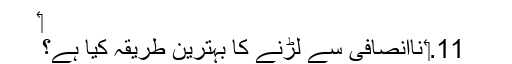
‏
11.‏ نااِنصافی سے لڑنے کا بہترین طریقہ کیا ہے؟